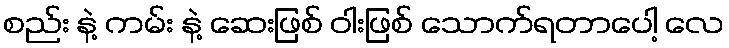
စည်း နဲ့ ကမ်း နဲ့ ဆေးဖြစ် ဝါးဖြစ် သောက်ရတာပေါ့ လေ